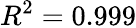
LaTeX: R^{2}=0.999